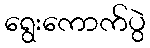
ရွေးကောက်ပွဲ